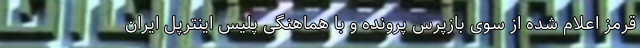
قرمز اعلام شده از سوی بازپرس پرونده و با هماهنگی پلیس اینترپل ایران